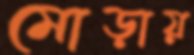
মোড়ায়